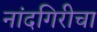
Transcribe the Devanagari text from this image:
नांदगिरीचा